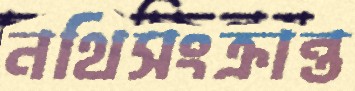
নথিসংক্রান্ত